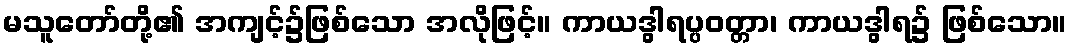
မသူတော်တို့၏ အကျင့်၌ဖြစ်သော အလိုဖြင့်။ ကာယဒွါရပ္ပဝတ္တာ၊ ကာယဒွါရ၌ ဖြစ်သော။